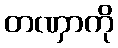
တဏှာကို